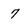
Character: 7